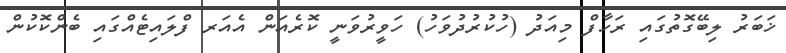
ޚަބަރު ލިބޭގޮތުގައި ރަހާފް މިއަދު (ހުކުރުދުވަހު) ހަވީރުވަނީ ކޮރެއަން އެއަރ ފްލައިޓެއްގައި ބެންކޮކުން